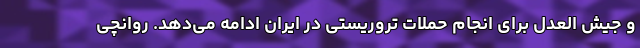
و جیش‌ العدل برای انجام حملات تروریستی در ایران ادامه می‌دهد. روانچی